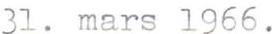
31. mars 1966.